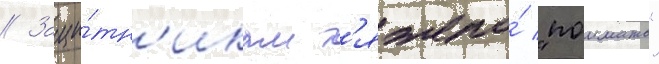
// Защи́тн'икам т'яжело́ "поимать"